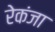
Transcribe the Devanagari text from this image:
रेकंजा